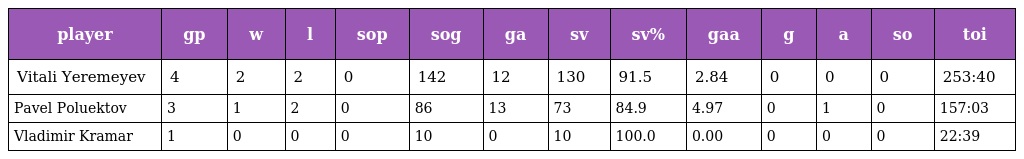
| player | gp | w | l | sop | sog | ga | sv | sv% | gaa | g | a | so | toi |
 | --- | --- | --- | --- | --- | --- | --- | --- | --- | --- | --- | --- | --- | --- |
 | Vitali Yeremeyev | 4 | 2 | 2 | 0 | 142 | 12 | 130 | 91.5 | 2.84 | 0 | 0 | 0 | 253:40 |
 | Pavel Poluektov | 3 | 1 | 2 | 0 | 86 | 13 | 73 | 84.9 | 4.97 | 0 | 1 | 0 | 157:03 |
 | Vladimir Kramar | 1 | 0 | 0 | 0 | 10 | 0 | 10 | 100.0 | 0.00 | 0 | 0 | 0 | 22:39 |